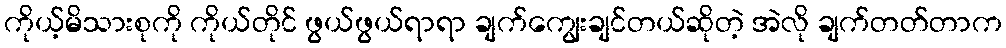
ကိုယ့်မိသားစုကို ကိုယ်တိုင် ဖွယ်ဖွယ်ရာရာ ချက်ကျွေးချင်တယ်ဆိုတဲ့ အဲလို ချက်တတ်တာက